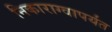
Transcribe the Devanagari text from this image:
निकाराग्वापर्यंत